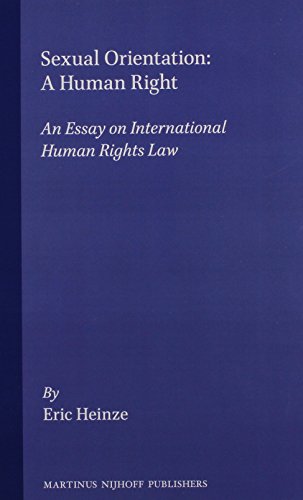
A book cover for Sexual Orientation - A Human Right:An Essay on International Human Rights Law; Eric Heinze; Gay & Lesbian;